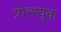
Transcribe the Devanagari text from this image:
प्रोत्स्युक